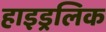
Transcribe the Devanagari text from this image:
हाइड्रलिक